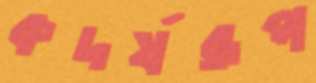
কদর্যরূপ